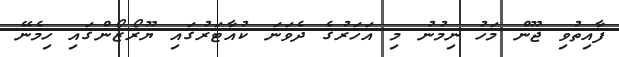
ފާއިތުވި ޖޫން މަހު ނިމުނު މި އަހަރުގެ ދެވަނަ ކުއާޓަރުގައި ޔޫރޯޒޯންގައި ހިމެނޭ